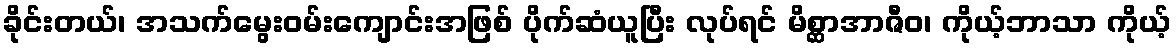
ခိုင်းတယ်၊ အသက်မွေးဝမ်းကျောင်းအဖြစ် ပိုက်ဆံယူပြီး လုပ်ရင် မိစ္ဆာအာဇီဝ၊ ကိုယ့်ဘာသာ ကိုယ့်